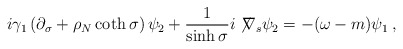
\begin{align*}i\gamma_{1}\left(\partial_{\sigma}+\rho_N\coth\sigma\right)\psi_{2}+\frac{1}{\sinh\sigma}i\not\!\nabla_s\psi_{2}=-(\omega-m)\psi_{1} \:,\end{align*}